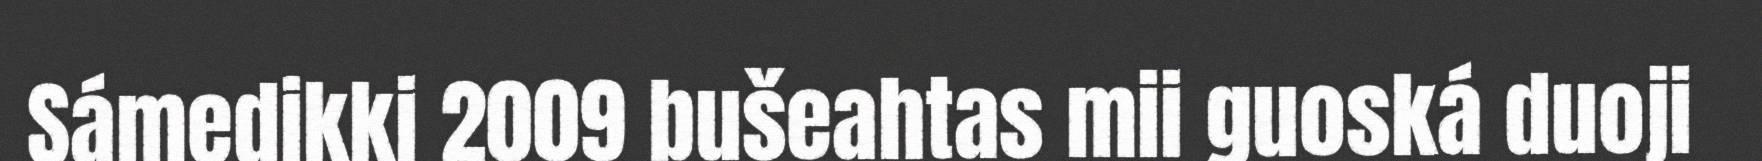
Sámedikki 2009 bušeahtas mii guoská duoji